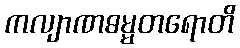
ကလျာဏဓမ္မတရောတိ